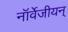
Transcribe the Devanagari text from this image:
नॉर्वेजीयन्